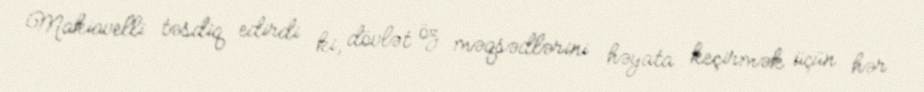
Makiavelli təsdiq edirdi ki, dövlət öz məqsədlərini həyata keçirmək üçün hər